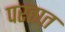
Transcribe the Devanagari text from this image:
परतात